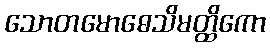
သောတမောဓေသိမတ္ထိကော